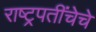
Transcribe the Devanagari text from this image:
राष्ट्रपतींचेचे